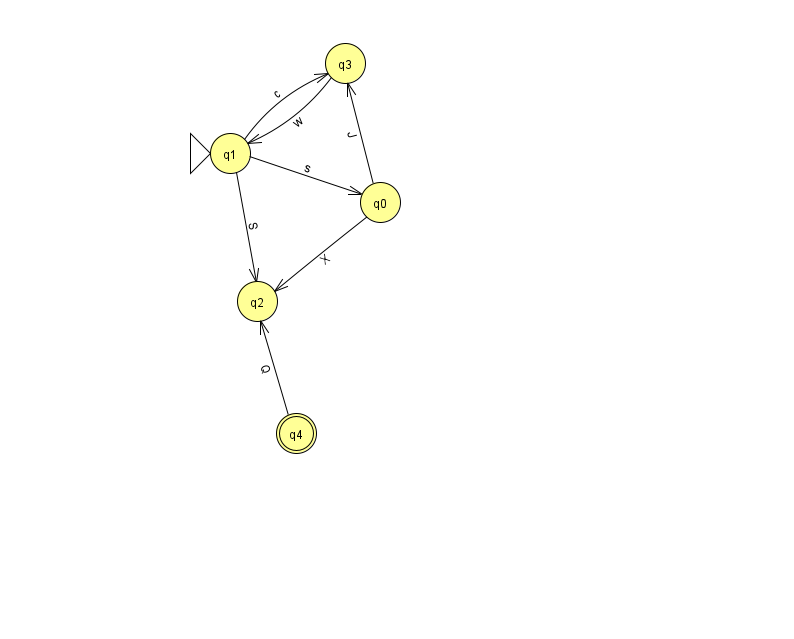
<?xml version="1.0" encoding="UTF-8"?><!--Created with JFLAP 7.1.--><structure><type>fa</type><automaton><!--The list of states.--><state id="0" name="q0"><x>380.0</x><y>189.0</y></state><state id="1" name="q1"><x>230.0</x><y>140.0</y><initial/></state><state id="2" name="q2"><x>257.0</x><y>288.0</y></state><state id="3" name="q3"><x>345.0</x><y>50.0</y></state><state id="4" name="q4"><x>296.0</x><y>420.0</y><final/></state><!--The list of transitions.--><transition><from>1</from><to>0</to><read>s</read></transition><transition><from>3</from><to>1</to><read>w</read></transition><transition><from>1</from><to>2</to><read>S</read></transition><transition><from>1</from><to>3</to><read>c</read></transition><transition><from>0</from><to>2</to><read>X</read></transition><transition><from>0</from><to>3</to><read>J</read></transition><transition><from>4</from><to>2</to><read>Q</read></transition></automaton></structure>